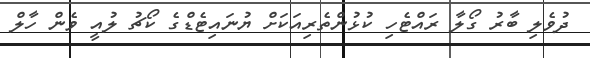
ދުވެލި ބާރު ގޯލާ ރައްޓެހި ކުޅުންތެރިއަކަށް ޔުނައިޓެޑްގެ ކޯޗު ލުއީ ވެން ހާލް